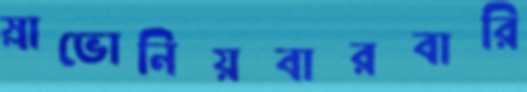
স্লাভোনিয়বারবারি